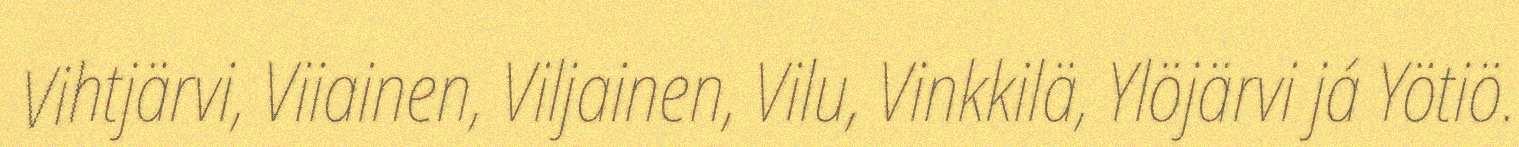
Vihtjärvi, Viiainen, Viljainen, Vilu, Vinkkilä, Ylöjärvi já Yötiö.